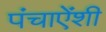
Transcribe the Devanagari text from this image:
पंचाऐंशी